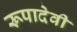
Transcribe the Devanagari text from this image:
रूपादेवी